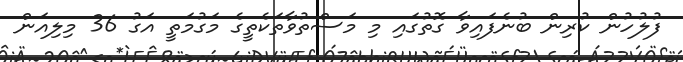
ފުލުހުން ކުރިން ބުނެފައިވާ ގޮތުގައި މި މަސްތުވާތަކެތީގެ މަގުމަތީ އަގު 36 މިލިއަން